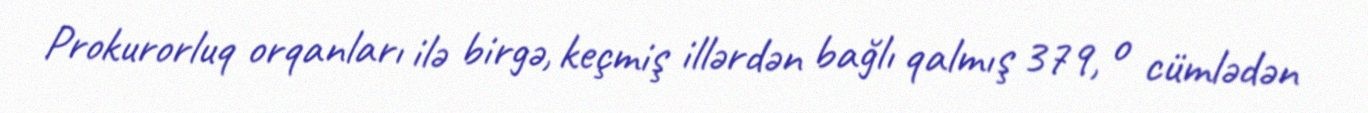
Prokurorluq orqanları ilə birgə, keçmiş illərdən bağlı qalmış 379, o cümlədən